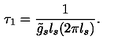
\tau _ { 1 } = \frac { 1 } { \tilde { g } _ { s } l _ { s } ( 2 \pi l _ { s } ) } .